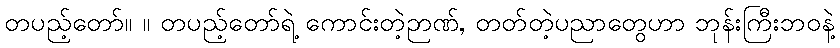
တပည့်တော်။ ။ တပည့်တော်ရဲ့ ကောင်းတဲ့ဉာဏ်, တတ်တဲ့ပညာတွေဟာ ဘုန်းကြီးဘဝနဲ့